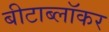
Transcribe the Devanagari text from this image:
बीटाब्लॉकर